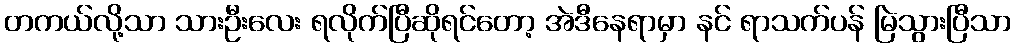
တကယ်လို့သာ သားဦးလေး ရလိုက်ပြီဆိုရင်တော့ အဲဒီနေရာမှာ နင် ရာသက်ပန် မြဲသွားပြီသာ